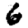
Digit: 6